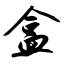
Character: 盒